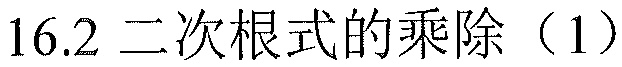
16.2 二次根式的乘除（1）